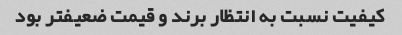
کیفیت نسبت به انتظار برند و قیمت ضعیفتر بود